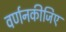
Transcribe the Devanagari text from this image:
वर्णनकीजिए